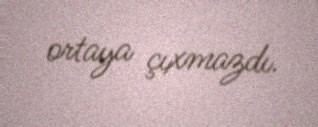
ortaya çıxmazdı.